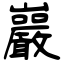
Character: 巖